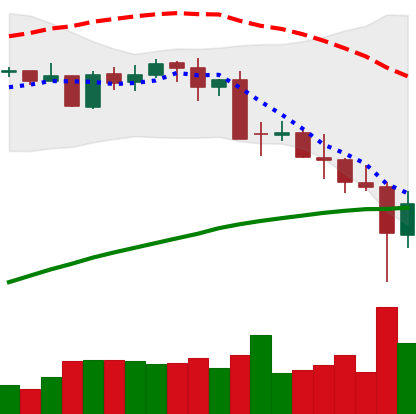
Ticker: BTC-USD
Chart end date: 2021-05-20
Forward return: -5.837%
Label: down_5_7